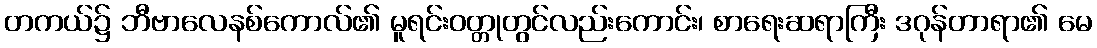
တကယ်၌ ဘီဗာလေနစ်ကောလ်၏ မူရင်းဝတ္တုတွင်လည်းကောင်း၊ စာရေးဆရာကြီး ဒဂုန်တာရာ၏ မေ